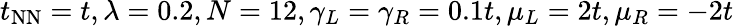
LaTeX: t_{\mathrm{NN}}=t,\lambda=0.2,N=12,\gamma_{L}=\gamma_{R}=0.1t,\mu_{L}=2t,\mu_{R}=-2t